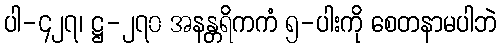
ပါ-၄၂၇၊ ဋ္ဌ-၂၇၀ အနန္တရိကကံ ၅-ပါးကို စေတနာမပါဘဲ